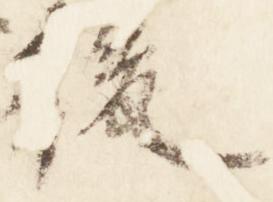
後